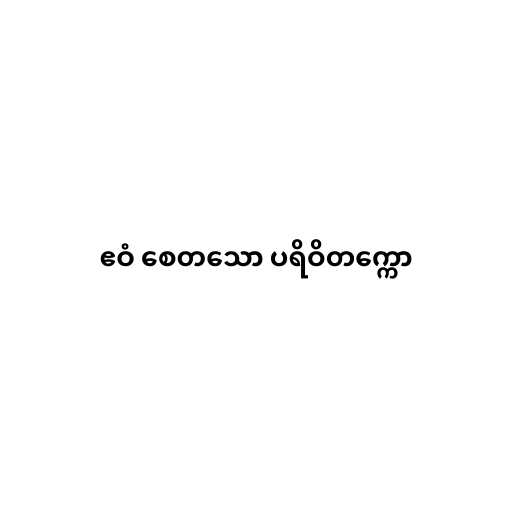
ဧဝံ စေတသော ပရိဝိတက္ကော